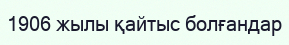
1906 жылы қайтыс болғандар